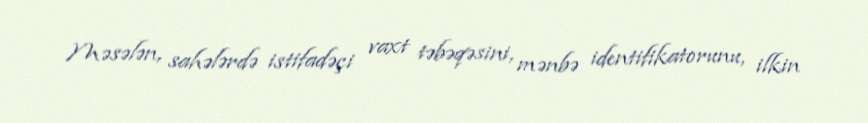
Məsələn, sahələrdə istifadəçi vaxt təbəqəsini, mənbə identifikatorunu, ilkin